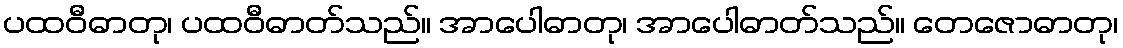
ပထဝီဓာတု၊ ပထဝီဓာတ်သည်။ အာပေါဓာတု၊ အာပေါဓာတ်သည်။ တေဇောဓာတု၊